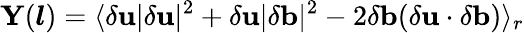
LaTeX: \mathbf{Y}(\boldsymbol{l})=\langle\delta\mathbf{u}\lvert\delta\mathbf{u}\rvert^{2}+\delta\mathbf{u}\lvert\delta\mathbf{b}\rvert^{2}-2\delta\mathbf{b}(\delta\mathbf{u}\cdot\delta\mathbf{b})\rangle_{r}